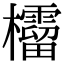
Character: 𣠚